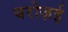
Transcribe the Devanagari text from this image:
बरोज़ई